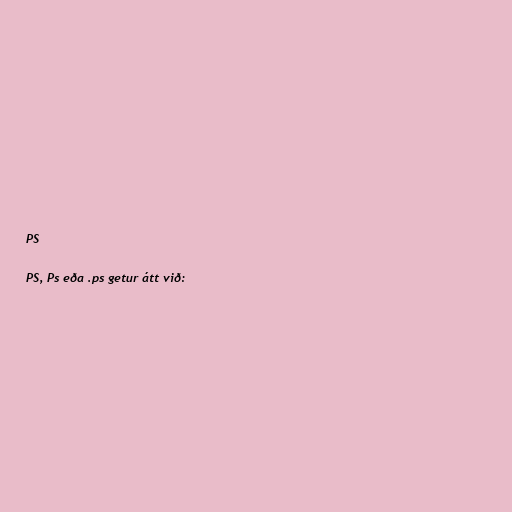
PS

PS, Ps eða .ps getur átt við: